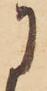
に